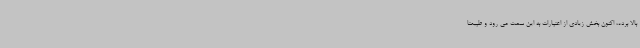
بالا برده، اکنون بخش زیادی از اعتبارات به این سمت می رود و طبیعتا